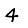
Digit: 4